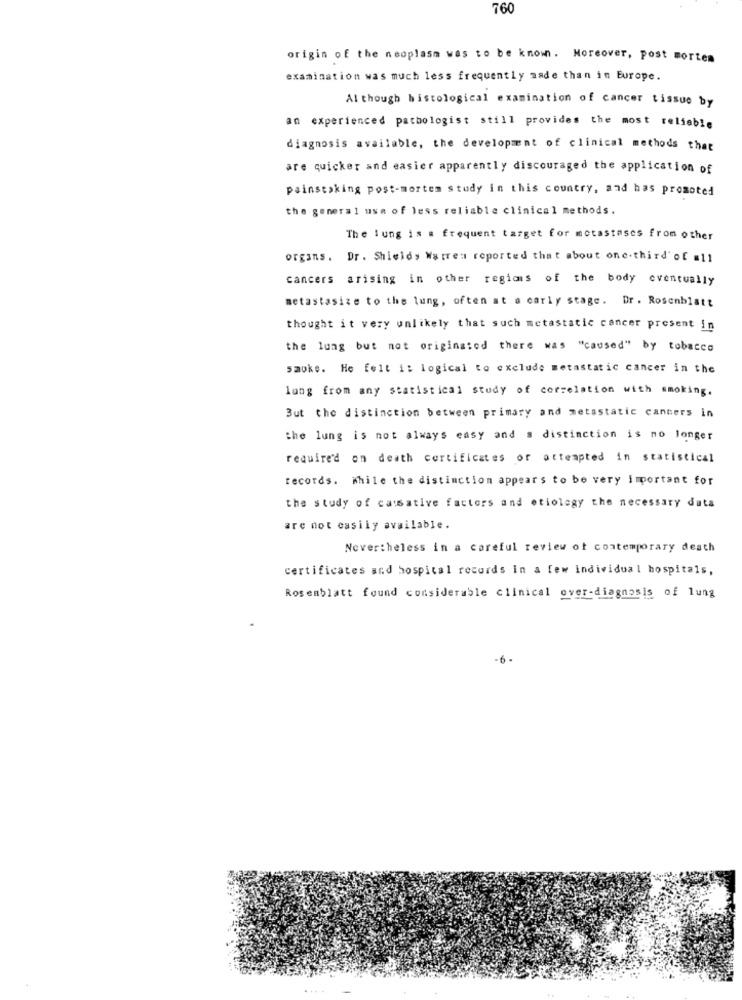
760
origin of the neoplasm was to be known. Moreover, Post mortem
examination was much less frequently made than in Europe.
Al though histological examination of cancer tissue by
an experienced pathologist still provides the most reliable
diagnosis available, the development of clinical methods that
are quicker and easier apparently discouraged the application of
painstaking post-mortem study in this country, and has promoted
the general use of less reliable clinical methods.
The lung is . frequent target for motastases from other
organs. Dr . Shields Warren reported that about one-third' of =11
cancers arising in other regions of the body eventually
metastasize to the lung, often at a early stage. Dr. Rosenblatt
thought it very unlikely that such metastatic cancer present in
the lung but not originated there was "caused" by tobacco
smoke. He felt i: logical to exclude metastatic cancer in the
lung from any statistical study of correlation with smoking.
But the distinction between primary and metastatic cancers in
the lung is not always easy and a distinction is no longer
required on death certificates or attempted in statistical
records. While the distinction appears to be very important for
the study of causative factors and etiology the necessary duta
are not easily available.
Nevertheless in a careful review of contemporary death
certificates and hospital records In a few individual hospitals,
Rosenblatt found considerable clinical over-diagnosis of lung
-6.